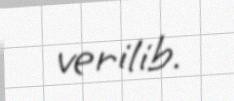
verilib.